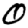
Digit: 0